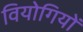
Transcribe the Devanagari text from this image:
वियोगियों